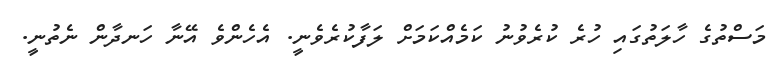
މަސްތުގެ ހާލަތުގައި ހުރެ ކުރެވުނު ކަމެއްކަމަށް ލަފާކުރެވެނީ. އެހެންވެ އޭނާ ހަނދާން ނެތުނީ.